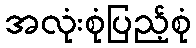
အလုံးစုံပြည့်စုံ